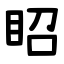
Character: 眧